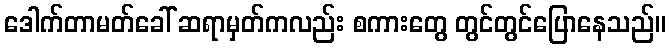
ဒေါက်တာမတ်ခေါ် ဆရာမှတ်ကလည်း စကားတွေ တွင်တွင်ပြောနေသည်။